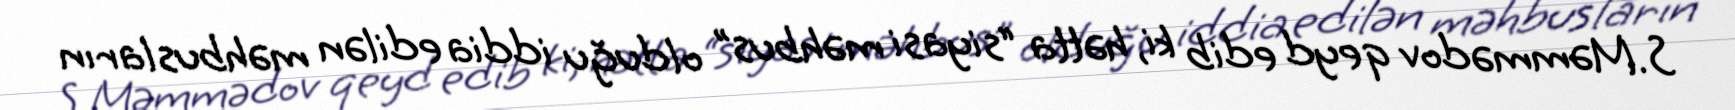
S.Məmmədov qeyd edib ki, hətta “siyasi məhbus” olduğu iddia edilən məhbusların